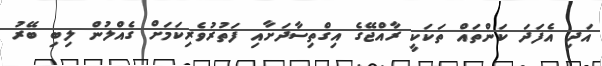
އަދި އެފަދަ ކަންތައް ތަކަކީ ރާއްޖޭގެ އިގްތިސާދަށާއި ފަތުރުވެރިކަމަށް ގެއްލުން ލިބި ބޭރު